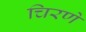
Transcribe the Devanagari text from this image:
चिरणे